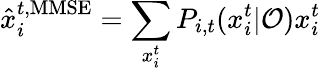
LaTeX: \hat{x}_{i}^{t,\mathrm{MMSE}}=\sum_{x_{i}^{t}}P_{i,t}(x_{i}^{t}|\mathcal{O})x_{i}^{t}